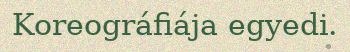
Koreográfiája egyedi.